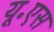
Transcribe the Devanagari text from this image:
यू॰एस